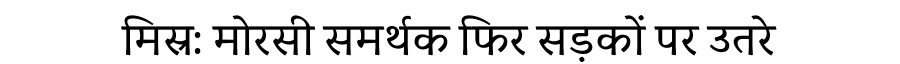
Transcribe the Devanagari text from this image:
मिस्र: मोरसी समर्थक फिर सड़कों पर उतरे